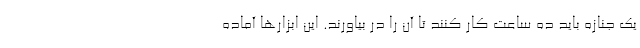
یک جنازه باید ده ساعت کار کنند تا آن را در بیاورند. این ابزارها آماده